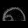
Digit: ၈